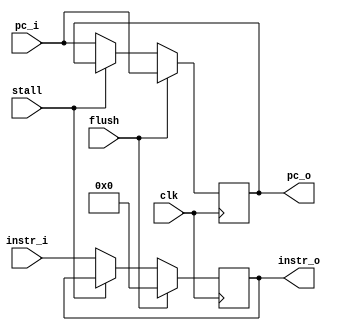
module RegIFID(
    instr_i,
    pc_i,
    instr_o,
    pc_o,
    stall,
    flush,
    clk
);

input clk;
input stall;
input flush;
input [31:0] pc_i;
input [31:0] instr_i;
output [31:0] instr_o;
output [31:0] pc_o;

reg [31:0] instr;
reg [31:0] pc;

assign instr_o = instr;
assign pc_o = pc;

always @(posedge clk) begin
    if(!flush) begin
        if(!stall) begin
            instr <= instr_i;
            pc <= pc_i;
        end
    end
    else begin
        instr <= 32'd0;
        pc <= pc_i;
    end
end

endmodule